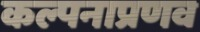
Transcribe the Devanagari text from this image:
कल्पनाप्रणव